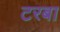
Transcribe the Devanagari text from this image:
टरबा